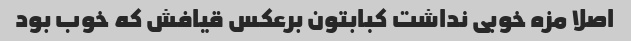
اصلا مزه خوبی نداشت کبابتون برعکس قیافش که خوب بود